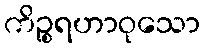
ကိဉ္စရဟာဝုသော